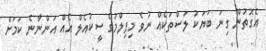
އެގޮތުން ގިނަ ބަޔަކު ލަސްތަކެއް ނުވެ މިފިލްމުގެ ސީކުއެލް އެއް އަންނާނެ ކަމަށް